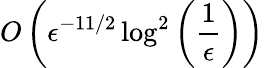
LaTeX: O\left(\epsilon^{-11/2}\log^{2}\left(\frac{1}{\epsilon}\right)\right)